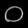
Digit: ၀